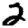
Digit: 2